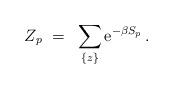
LaTeX: \begin{align*}Z_p ~=~ \sum_{\{z\}} {\rm e}^{-\beta S_p} \, .\end{align*}